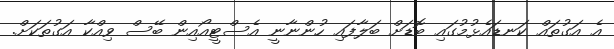
އެ އަގުތައް ކަނޑައެޅުމުގައި ބޮޑަށް ބަލާފައި ހުންނާނީ އެސްޓީއޯއިން ބޭސް ވިއްކާ އަގުތަކަށް.